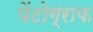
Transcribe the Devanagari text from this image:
पेंटोग्राफ